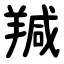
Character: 羬